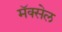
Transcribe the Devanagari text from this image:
मॅक्‍सेल